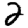
Digit: 2